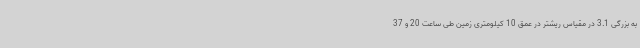
به بزرگی 3.1 در مقیاس ریشتر در عمق 10 کیلومتری زمین طی ساعت 20 و 37